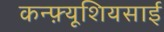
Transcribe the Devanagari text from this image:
कन्फ़्यूशियसाई